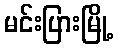
မင်းပြားမြို့